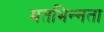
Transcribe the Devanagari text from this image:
मतभिन्‍नता